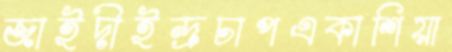
জাইদীইন্দ্রচাপএকাশিয়া